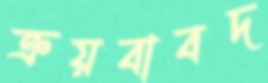
ক্রয়বাবদ